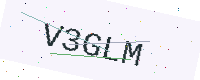
Text: V3GLM